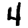
Digit: 4